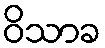
ဝိသာခ